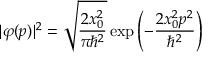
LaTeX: | \varphi ( p ) | ^ { 2 } = { \sqrt { \frac { 2 x _ { 0 } ^ { 2 } } { \pi \hbar ^ { 2 } } } } \exp { \left( - { \frac { 2 x _ { 0 } ^ { 2 } p ^ { 2 } } { \hbar ^ { 2 } } } \right) }